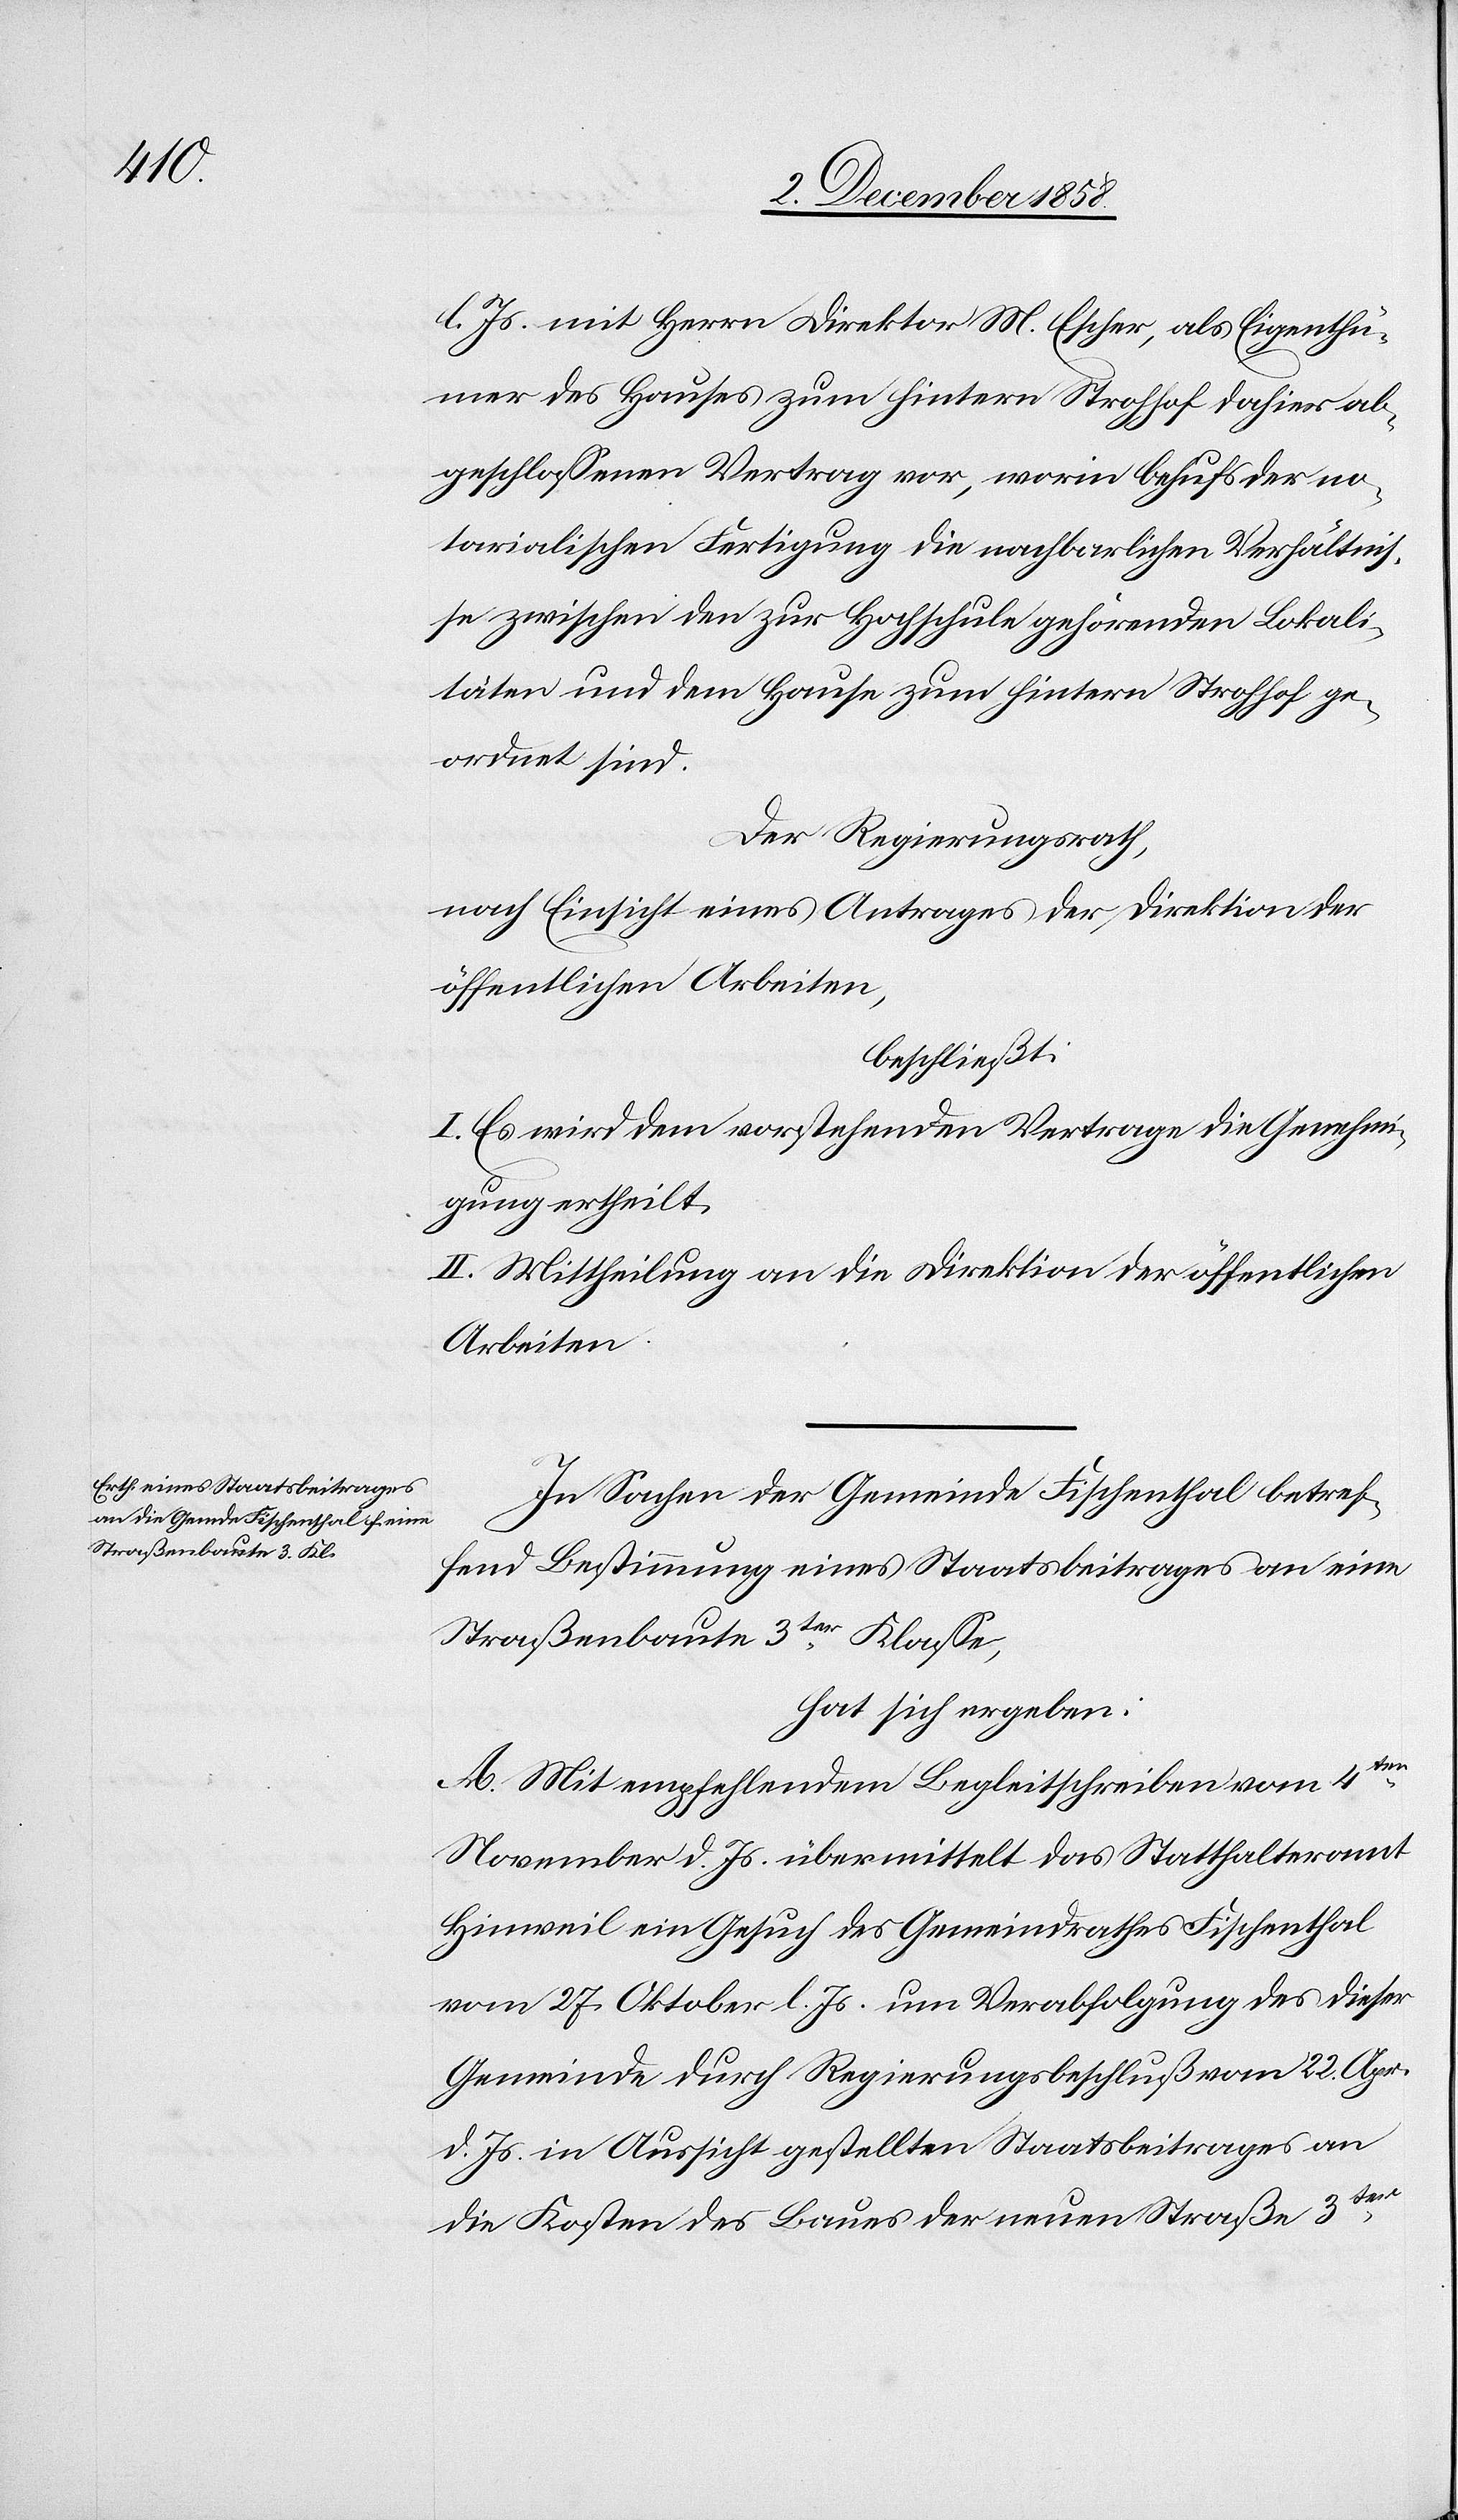
l. Js. mit Herrn Direktor M. Escher, als Eigenthü¬
mer des Hauses zum hintern Strohhof dahier ab¬
geschlossenen Vertrag vor, worin behufs der no¬
tarialischen Fertigung die nachbarlichen Verhältnis¬
se zwischen den zur Hochschule gehörenden Lokali¬
täten und dem Hause zum hintern Strohhof ge¬
ordnet sind.
Der Regierungsrath,
nach Einsicht eines Antrages der Direktion der
öffentlichen Arbeiten,
beschließt:
I. Es wird dem vorstehenden Vertrage die Genehmi¬
gung ertheilt.
II. Mittheilung an die Direktion der öffentlichen
Arbeiten.
In Sachen der Gemeinde Fischenthal betref¬
fend Bestimmung eines Staatsbeitrages an eine
Straßenbaute 3ter Klasse,
hat sich ergeben:
A. Mit empfehlendem Begleitschreiben vom 4ten
November d. Js. übermittelt das Statthalteramt
Hinweil ein Gesuch des Gemeindrathes Fischenthal
vom 27. Oktober l. Js. um Verabfolgung des dieser
Gemeinde durch Regierungsbeschluß vom 22. Apr.
d. Js. in Aussicht gestellten Staatsbeitrages an
die Kosten des Baues der neuen Straße 3ter